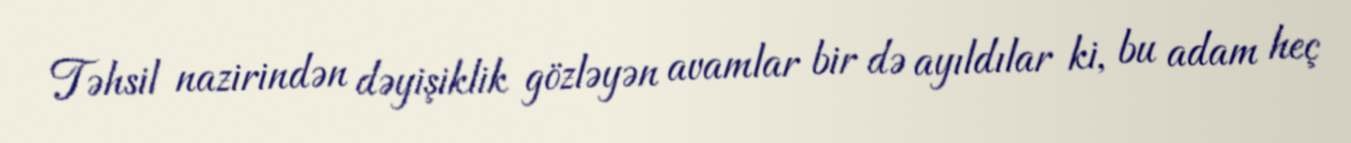
Təhsil nazirindən dəyişiklik gözləyən avamlar bir də ayıldılar ki, bu adam heç